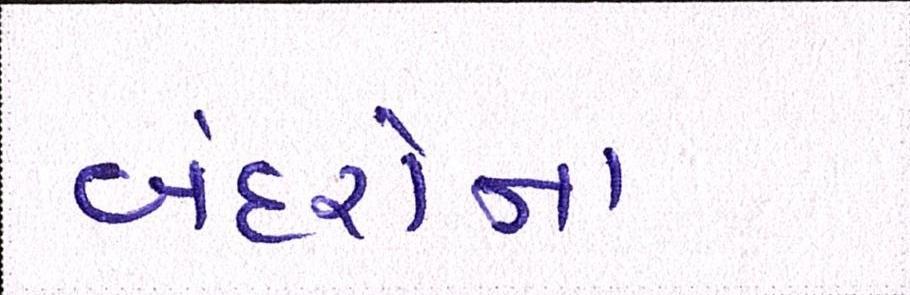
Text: બંદરોના